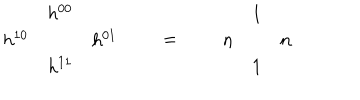
\begin{array} { c c c } { { } } & { { h ^ { 0 0 } } } & { { } } \\ { { h ^ { 1 0 } } } & { { } } & { { h ^ { 0 1 } } } \\ { { } } & { { h ^ { 1 1 } } } & { { } } \\ \end{array} \qquad = \qquad \begin{array} { c c c } { { } } & { { 1 } } & { { } } \\ { { n } } & { { } } & { { n } } \\ { { } } & { { 1 } } & { { } } \\ \end{array}